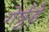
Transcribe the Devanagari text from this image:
गेर्त्रुड़े